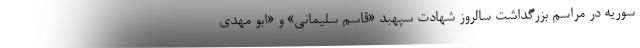
سوریه در مراسم بزرگداشت سالروز شهادت سپهبد «قاسم سلیمانی» و «ابو مهدی